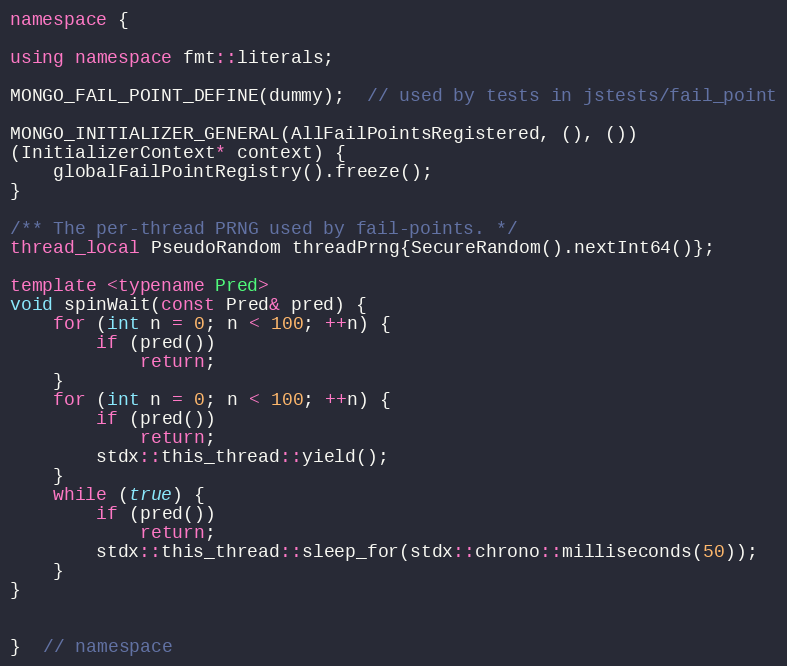
Language: C++
namespace {

using namespace fmt::literals;

MONGO_FAIL_POINT_DEFINE(dummy);  // used by tests in jstests/fail_point

MONGO_INITIALIZER_GENERAL(AllFailPointsRegistered, (), ())
(InitializerContext* context) {
    globalFailPointRegistry().freeze();
}

/** The per-thread PRNG used by fail-points. */
thread_local PseudoRandom threadPrng{SecureRandom().nextInt64()};

template <typename Pred>
void spinWait(const Pred& pred) {
    for (int n = 0; n < 100; ++n) {
        if (pred())
            return;
    }
    for (int n = 0; n < 100; ++n) {
        if (pred())
            return;
        stdx::this_thread::yield();
    }
    while (true) {
        if (pred())
            return;
        stdx::this_thread::sleep_for(stdx::chrono::milliseconds(50));
    }
}

}  // namespace